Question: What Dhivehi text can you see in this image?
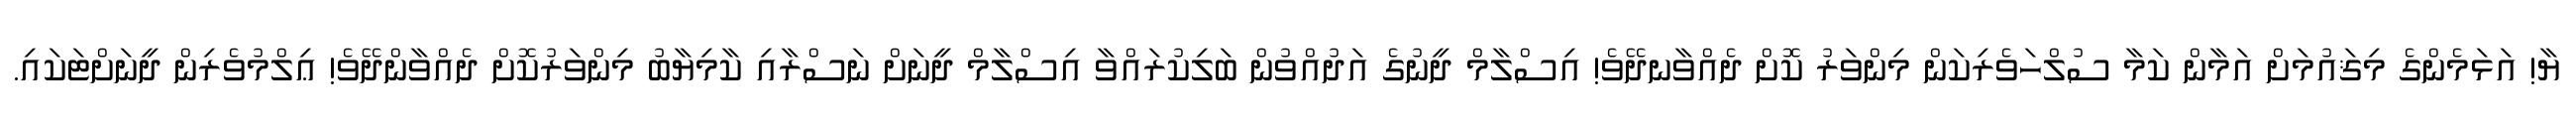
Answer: ޔާ! އަޅަމެންގެ މިޤައުމަށް އަމާން ކަމާ ސުލްހަވެރިކަން މިންވަރު ކޮށް ދެއްވާނދޭވެ! އިސްލާމް ދީނުގެ އަދުއްވުން ބަލިކުރައްވާ އިސްލާމް ދީނަށް ނަސްރާއި ކާމިޔާބު މިންވަރުކޮށް ދެއްވާންދޭވެ! ޢިލްމުވެރިން ދީނަށްޓަކައި.